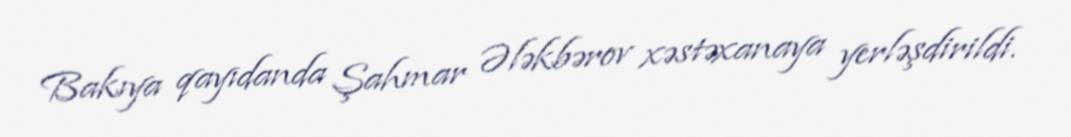
Bakıya qayıdanda Şahmar Ələkbərov xəstəxanaya yerləşdirildi.